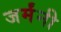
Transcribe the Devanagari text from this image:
जर्मंनी